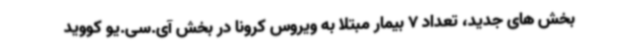
بخش های جدید، تعداد 7 بیمار مبتلا به ویروس کرونا در بخش آی.سی.یو کووید